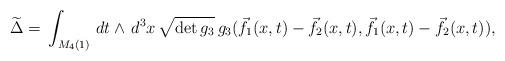
LaTeX: \begin{align*}\widetilde{\Delta} =\,\int_{M_4(1)}\,dt\wedge \,d^3x\,\sqrt{\det g_3}\,g_3(\vec{f}_1(x,t)-\vec{f}_2(x,t),\vec{f}_1(x,t)-\vec{f}_2(x,t)),\end{align*}